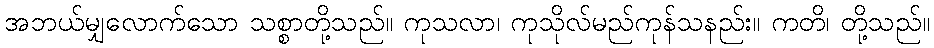
အဘယ်မျှလောက်သော သစ္စာတို့သည်။ ကုသလာ၊ ကုသိုလ်မည်ကုန်သနည်း။ ကတိ၊ တို့သည်။